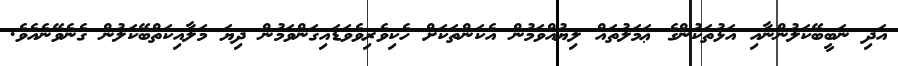
އަދި ނަބީބޭކަލުންނާއި އަޅުތަކުންގެ ޢަމަލުތައް ލިޔުއްވަމުން އެކަންތަކަށް ހެކިވެރިވެވަޑައިގަންވަމުން ދިޔަ މަލާއިކަތްބޭކަލުން ގެނެވޭނެއެވެ.